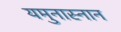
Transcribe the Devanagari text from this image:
यमुनास्नान